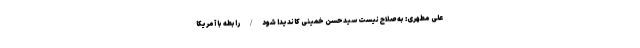
علی مطهری: به صلاح نیست سیدحسن خمینی کاندیدا شود / رابطه با آمریکا